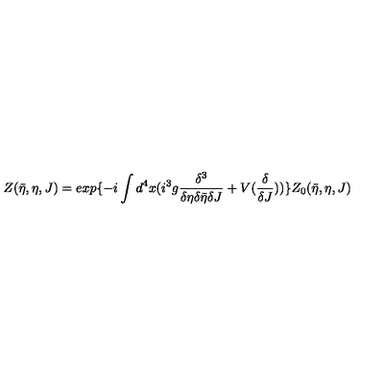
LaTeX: Z ( \bar { \eta } , \eta , J ) = e x p \{ - i \int d ^ { 4 } x ( i ^ { 3 } g \frac { \delta ^ { 3 } } { \delta \eta \delta \bar { \eta } \delta J } + V ( \frac { \delta } { \delta J } ) ) \} Z _ { 0 } ( \bar { \eta } , \eta , J )